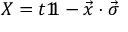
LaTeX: X = t 1 \! \! 1 - { \vec { x } } \cdot { \vec { \sigma } }